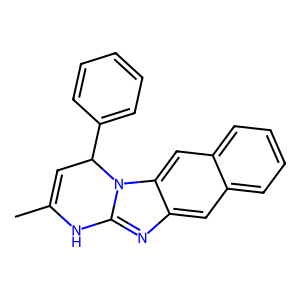
SMILES: CC1=CC(c2ccccc2)n2c(nc3cc4ccccc4cc32)N1
Inhibits HIV replication: No